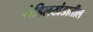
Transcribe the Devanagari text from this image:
रोहिलखंडातील